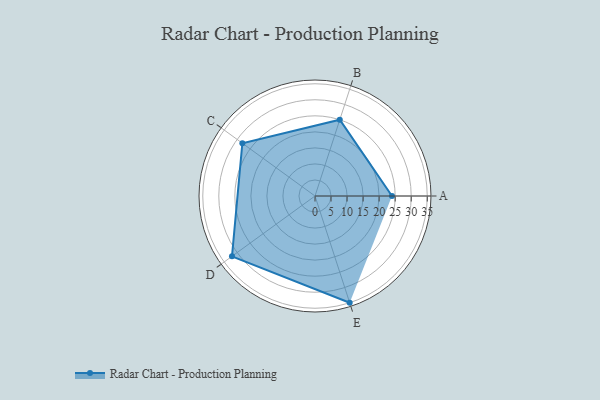
{"axis": {"x": "Skill", "y": "Score"}, "legend": ["Profile"], "data": [{"x": "A", "y": 24.0, "type": "Profile"}, {"x": "B", "y": 25.0, "type": "Profile"}, {"x": "C", "y": 28.0, "type": "Profile"}, {"x": "D", "y": 32.0, "type": "Profile"}, {"x": "E", "y": 35.0, "type": "Profile"}]}